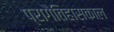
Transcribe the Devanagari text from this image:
प्रागैतिहासकाल